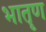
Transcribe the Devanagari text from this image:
भातॄण